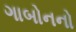
ગાબોનનો